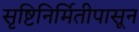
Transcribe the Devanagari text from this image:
सृष्टिनिर्मितीपासून